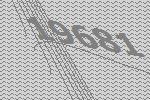
19681